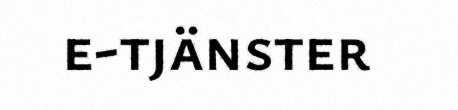
e-tjänster